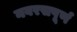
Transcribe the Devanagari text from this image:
नवरसपूर्ण